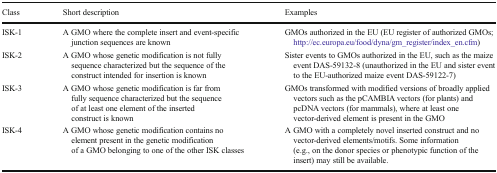
<table><thead><tr><td><b>Class</b></td><td><b>Short description</b></td><td><b>Examples</b></td></tr></thead><tbody><tr><td>ISK-1</td><td>A GMO where the complete insert and event-specific junction sequences are known</td><td>GMOs authorized in the EU (EU register of authorized GMOs; http://ec.europa.eu/food/dyna/gm_register/index_en.cfm)</td></tr><tr><td>ISK-2</td><td>A GMO whose genetic modification is not fully sequence characterized but the sequence of the construct intended for insertion is known</td><td>Sister events to GMOs authorized in the EU, such as the maize event DAS-59132-8 (unauthorized in the EU and sister event to the EU-authorized maize event DAS-59122-7)</td></tr><tr><td>ISK-3</td><td>A GMO whose genetic modification is far from fully sequence characterized but the sequence of at least one element of the inserted construct is known</td><td>GMOs transformed with modified versions of broadly applied vectors such as the pCAMBIA vectors (for plants) and pcDNA vectors (for mammals), where at least one vector-derived element is present in the GMO</td></tr><tr><td>ISK-4</td><td>A GMO whose genetic modification contains no element present in the genetic modification of a GMO belonging to one of the other ISK classes</td><td>A GMO with a completely novel inserted construct and no vector-derived elements/motifs. Some information (e.g., on the donor species or phenotypic function of the insert) may still be available.</td></tr></tbody></table>